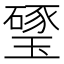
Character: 㻹